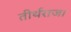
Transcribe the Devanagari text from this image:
तीर्थराज।